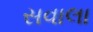
સવાલા